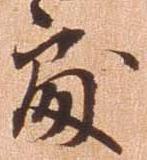
処